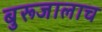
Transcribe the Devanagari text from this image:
बुरूजालाच